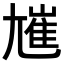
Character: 𡰋